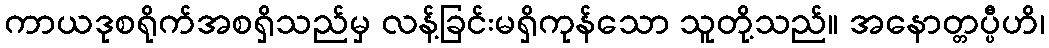
ကာယဒုစရိုက်အစရှိသည်မှ လန့်ခြင်းမရှိကုန်သော သူတို့သည်။ အနောတ္တပ္ပီဟိ၊